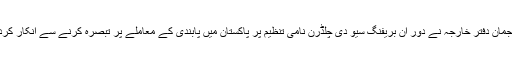
ترجمان دفتر خارجہ نے دور ان بریفنگ سیو دی چلڈرن نامی تنظیم پر پاکستان میں پابندی کے معاملے پر تبصرہ کرنے سے انکار کردیا۔